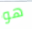
هو